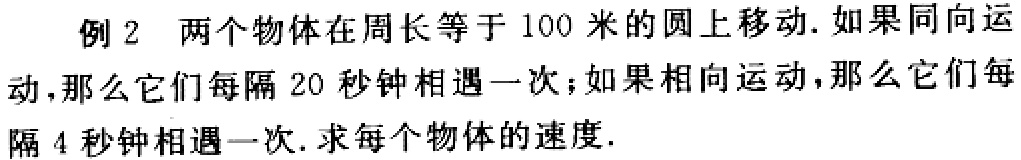
例2 两个物体在周长等于100米的圆上移动. 如果同向运动,那么它们每隔20秒钟相遇一次；如果相向运动,那么它们每隔4秒钟相遇一次. 求每个物体的速度.